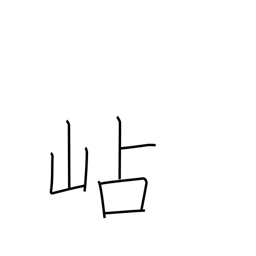
Meaning: mountain